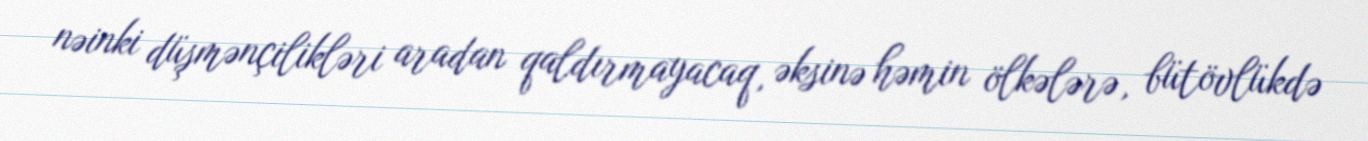
nəinki düşmənçilikləri aradan qaldırmayacaq, əksinə həmin ölkələrə, bütövlükdə